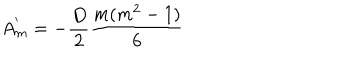
A _ { m } ^ { ' } = - \frac { D } { 2 } \frac { m ( m ^ { 2 } - 1 ) } { 6 }